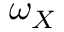
\omega _ { X }